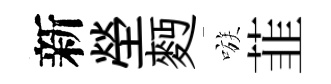
新塋麪嗾韮